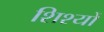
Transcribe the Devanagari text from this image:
शिश्यों